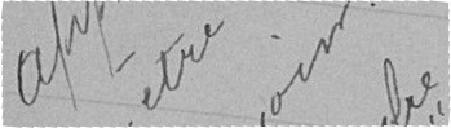
Approuvé que pour être annexé à l'arrêté de ce jour